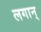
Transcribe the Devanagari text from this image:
लगान्‌